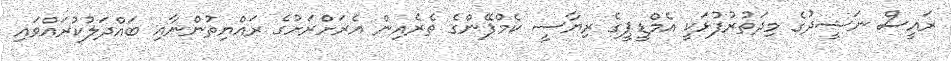
ރައީސް ނަޝީދުގެ މިދަތުރުފުޅަކީ އެމްޑީޕީގެ ރިޔާސީ ކެމްޕޭންގެ ތެރެއިން އެރަށްރަށުގެ ރައްޔިތުންނާއި ބައްދަލުކުރައްވައި